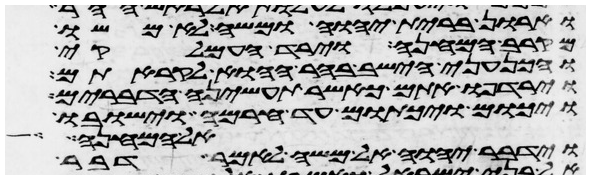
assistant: וארון ברית יהוה ומשה לא משו
מקרב המחנה וירד העמלקי
והכנעני הישב בהר ההוא לקראתם
וירדפו אתם כאשר תעשינה הדברים
ויכום ויכתום עד חרמה וישבו
אל המחנה
וידבר יהוה אל משה לאמר דבר